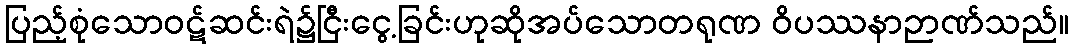
ပြည့်စုံသောဝဋ်ဆင်းရဲ၌ငြီးငွေ့ခြင်းဟုဆိုအပ်သောတရုဏ ဝိပဿနာဉာဏ်သည်။